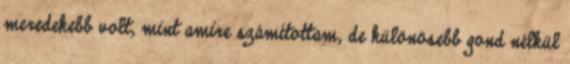
meredekebb volt, mint amire számítottam, de különösebb gond nélkül